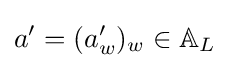
a'=(a'_{w})_{w}\in \mathbb {A} _{L}